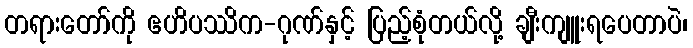
တရားတော်ကို ဧဟိပဿိက-ဂုဏ်နှင့် ပြည့်စုံတယ်လို့ ချီးကျူးရပေတာပဲ၊